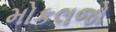
મોકલજો